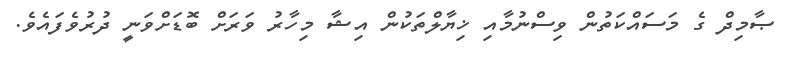
ޞާމިދް ގެ މަސައްކަތުން ވިސްނުމާއި ޚިޔާލްތަކުން އިޝާ މިހާރު ވަރަށް ބޮޑަށްވަނީ ދުރުވެފައެވެ.